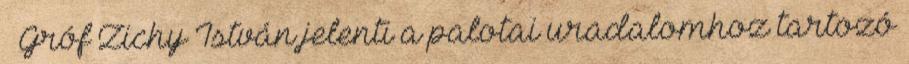
– Gróf Zichy István jelenti a palotai uradalomhoz tartozó